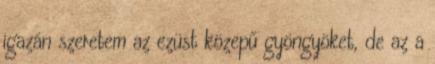
igazán szeretem az ezüst közepű gyöngyöket, de az a